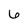
Character: 6